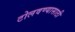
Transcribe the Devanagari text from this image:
टोलवण्यासाठी